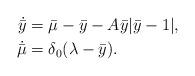
LaTeX: \begin{align*}\dot{\bar{y}} &= \bar{\mu} - \bar{y} - A \bar{y} |\bar{y} - 1|, \\\dot{\bar{\mu}} &= \delta_0 (\lambda - \bar{y}).\end{align*}